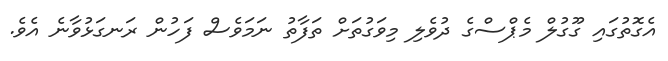
އެގޮތުގައި ގޫގުލް މެޕްސްގެ ދުވެލި މިވަގުތަށް ތަފާތު ނަމަވެސް ފަހުން ރަނގަޅުވާނެ އެވެ.